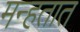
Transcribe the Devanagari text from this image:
मन्हतात